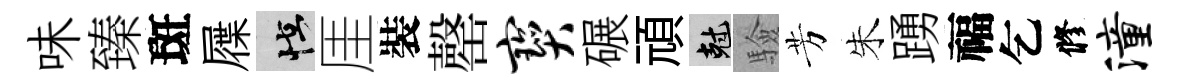
味臻斑屧怪厓裝罄宝碾頑剋驗芳朱踴福乞修潼